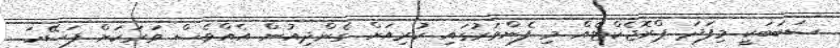
ސަބަބަކީ މިފަދަ ޕްރޮޖެކްޓެއް މި ފެންވަރުގައި ކުރިއަށް ގެންދިއުން އެއްވެސް ވަރަކަށް ފަސޭހަ